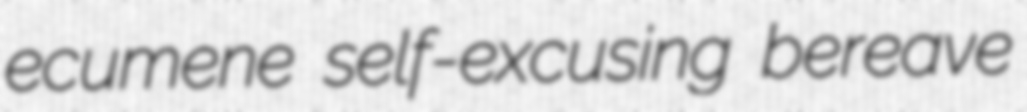
ecumene self-excusing bereave